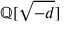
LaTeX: \mathbb { Q } [ { \sqrt { - d } } ]